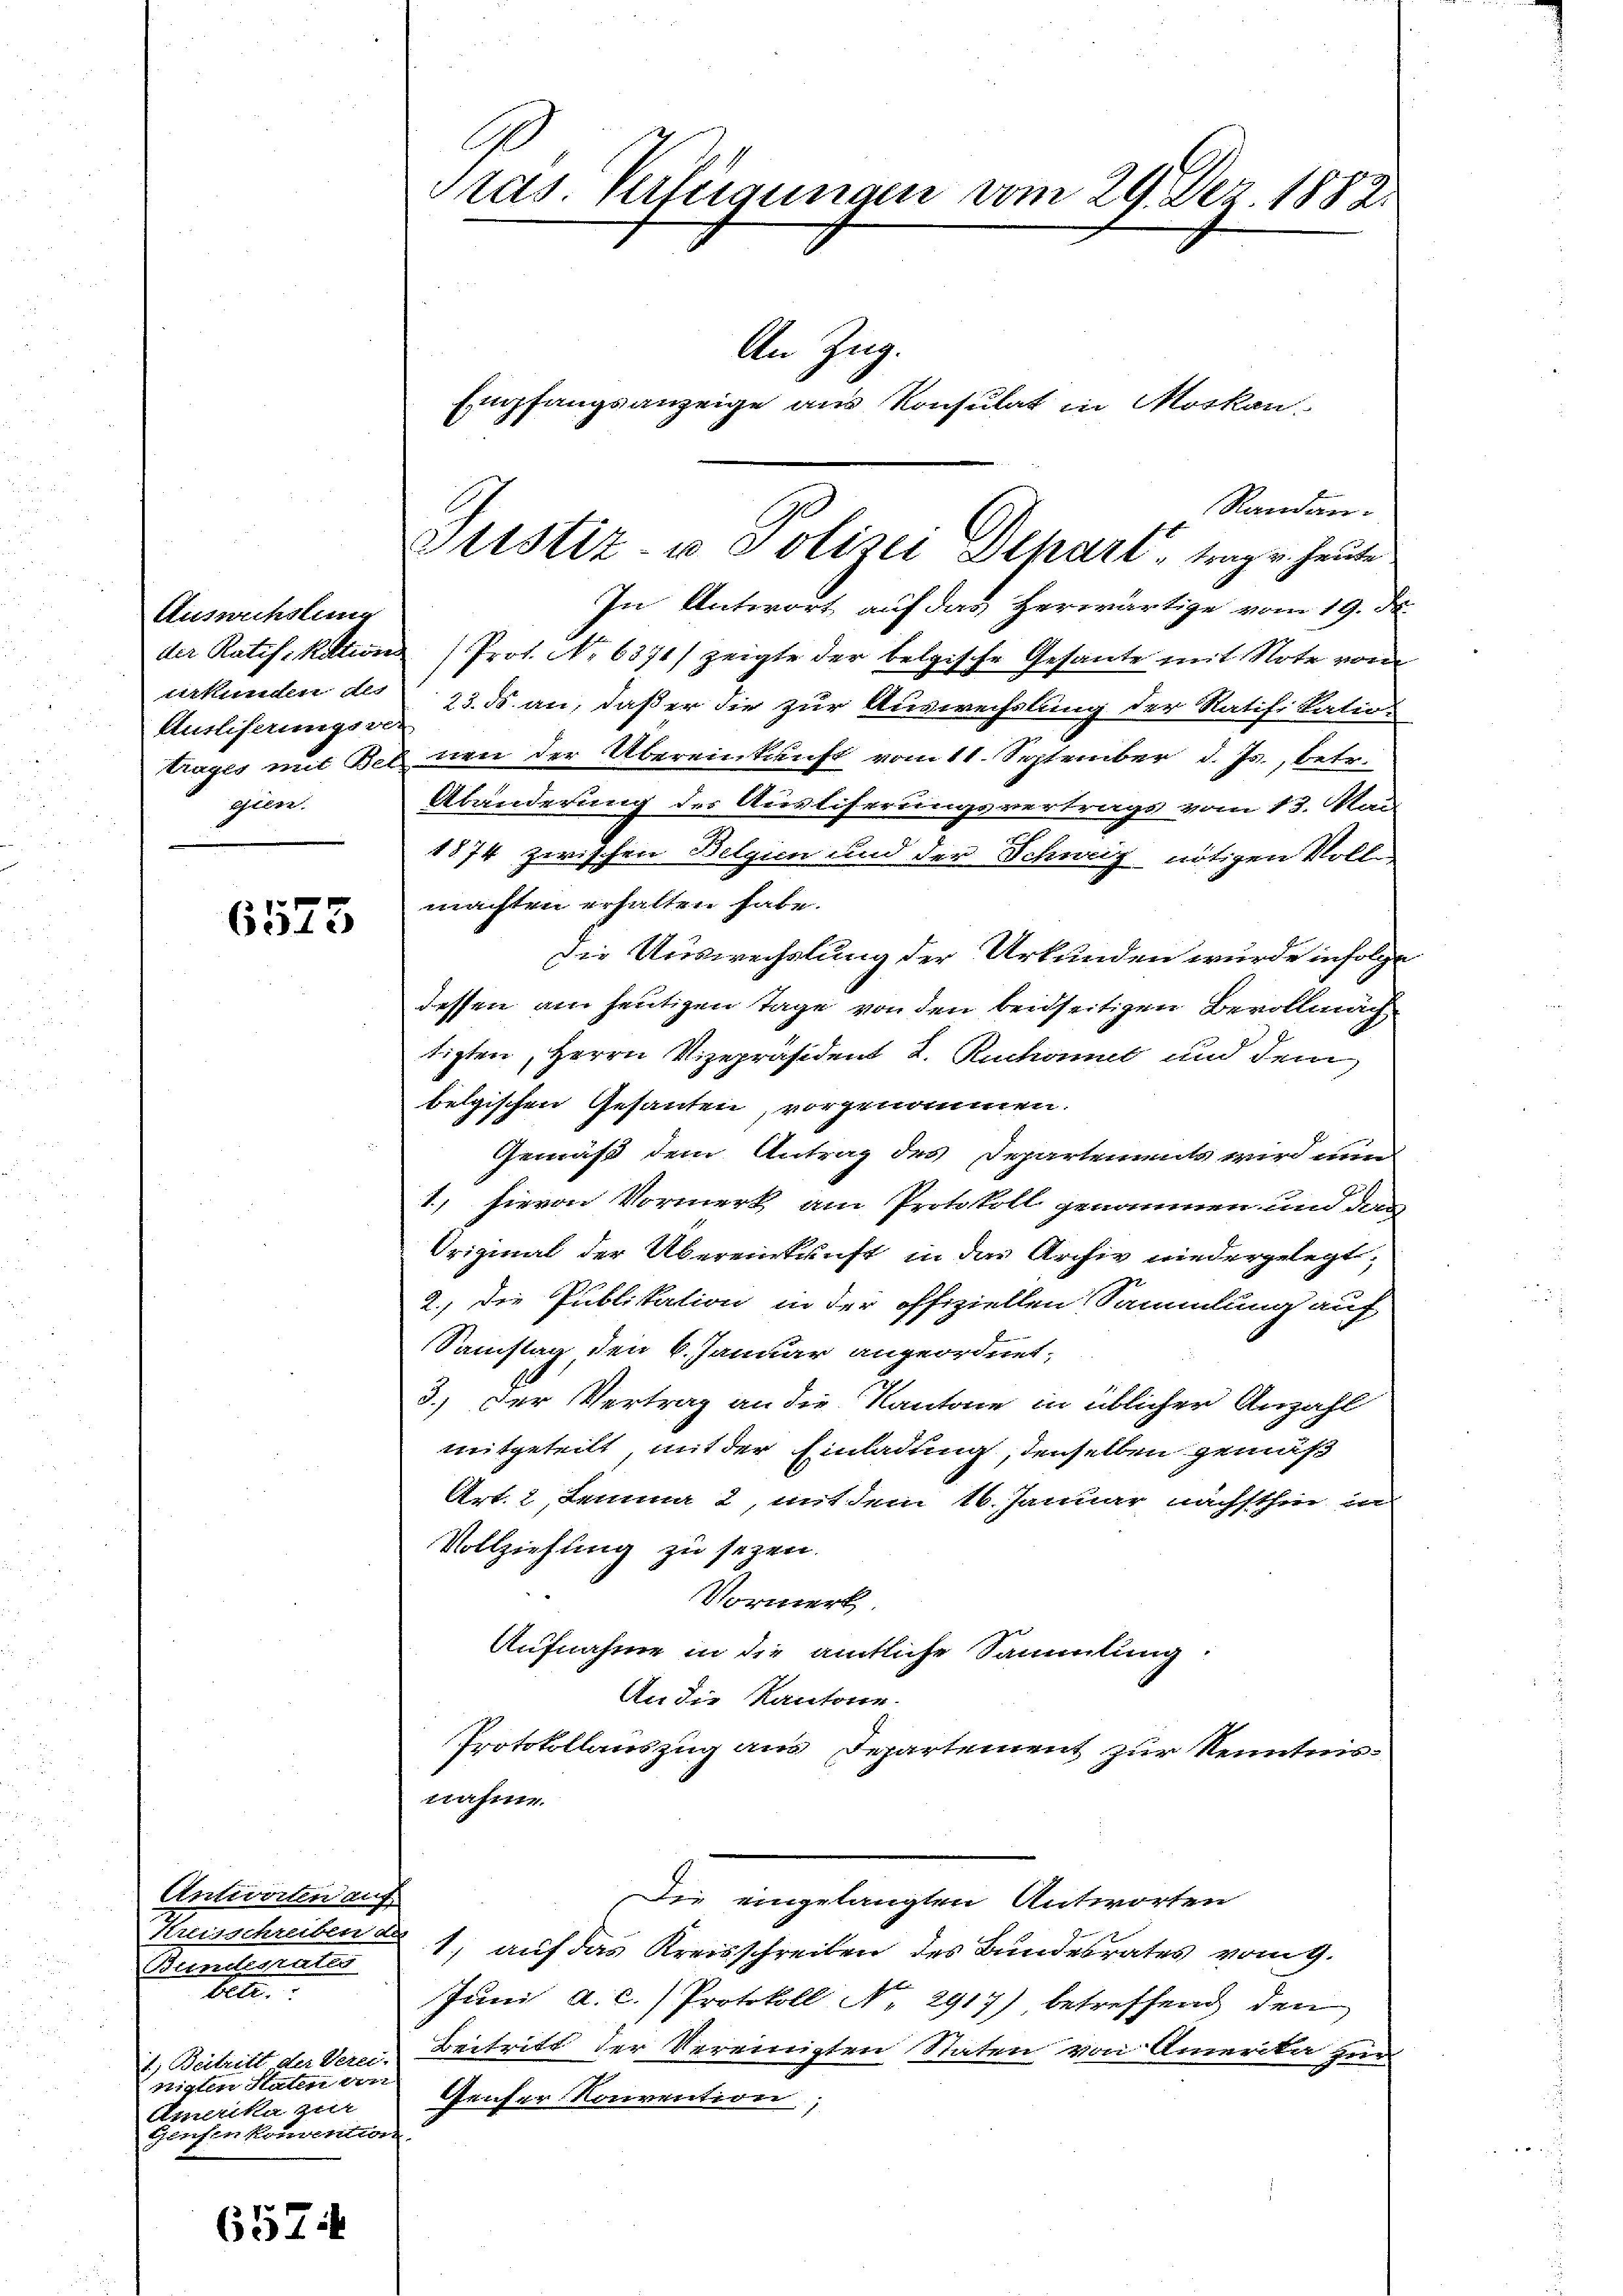
Ansuchslung
der Ratifikation
ekunden des
Ausliferungsver
Trages mit Ber
slin.

6575

Antivorten auf
Kreisschreiben de
Punctoraten
bett.
2) Beitritt der Verei.
risten Statt von
Amerika zur
Gonsen konvention

657:

Randen.
In Antwort auf das Herwärtige vom 19. d.
Prot. No. 6371/ zeigte der belgische Gesante mit Note von
23. ds. an, daß er die zur Auswechslung der Ratifikatio
nen der Übereinkunft vom 11. September d. Js., betr.
Abänderung der Ausliserungsvertrags vom 13. Rad
1874 zwischen Belgen und der Schniz nötigen Voll
machten erhalten habe.
die Auswechslung der Urkunden wurde infolge
dessen am heutigen Tage von den beidseitigen Bevollmäch
tigten, Herrn Vizepräsident 2. Rickonet und dem
belgischen Gesanten, vorgenommen.
Gemäß dem Antrag des Departements wird in
1., hievon Vormerk am Protokoll genommen und der
Original der Übereinkunft in der Archiv niedergelegt,
2., die Publikation in der offiziellen Sammlung auf
Samstag, den 6. Januar angeordnet,
3.) Der Vertrag an die Kantone in üblicher Anzahl
mitgeteilt, mit der Einladung, denselben gemäß
Art. 2, Lemma 2, mit dem 16. Januar nächsthin in
Vollziehung zu sezen.
Vormerk
Aufnahme in die amtliche Sammlung:
An die Kantone
Protokollauszug aus Departement zur Kenntnis-
nahme.
Die eingelangten Antworten
1, auf das Kreisschreiben des Bundesrates vom 9.
Juni a. c. Protokoll No 2917) betreffend den
Beitritt der Vereinigten Staten von Amerika zur
Genfer Konvention,

ras. Verfügungen vom 29. Dez. 1882.
An Zug.
Empfangsanzeige aus Konsulat in Morkan

ustiz- u. Polizei Schart, trag u. heute